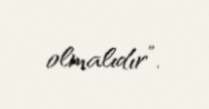
olmalıdır”.